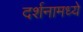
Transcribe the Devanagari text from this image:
दर्शनामध्ये